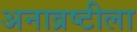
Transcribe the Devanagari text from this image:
अनाव्रष्टीला